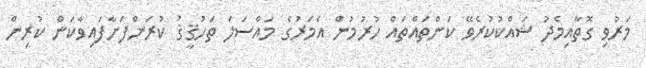
މަރުވި ގޮތާއިމެދު ޝައްކުކުރެވޭ ކަންތައްތައް ހުރުުމުން އެމަރުގެ މައްސަލަ ތަހުޤީޤު ކުރަންފަށާފައިވާކަން ކުރިން